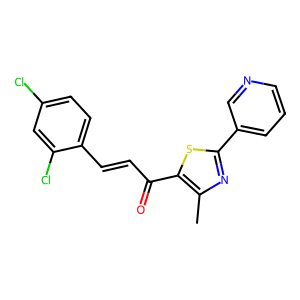
SMILES: Cc1nc(-c2cccnc2)sc1C(=O)C=Cc1ccc(Cl)cc1Cl
Inhibits HIV replication: No